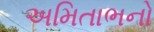
અમિતાભનો